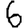
Digit: 6